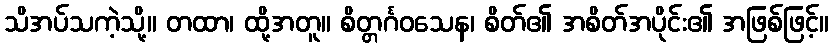
သိအပ်သကဲ့သို့။ တထာ၊ ထို့အတူ။ စိတ္တင်္ဂဝသေန၊ စိတ်၏ အစိတ်အပိုင်း၏ အဖြစ်ဖြင့်။